Lunatic asylums Madras 1892-1911 - 1892-1911
Year: 1892
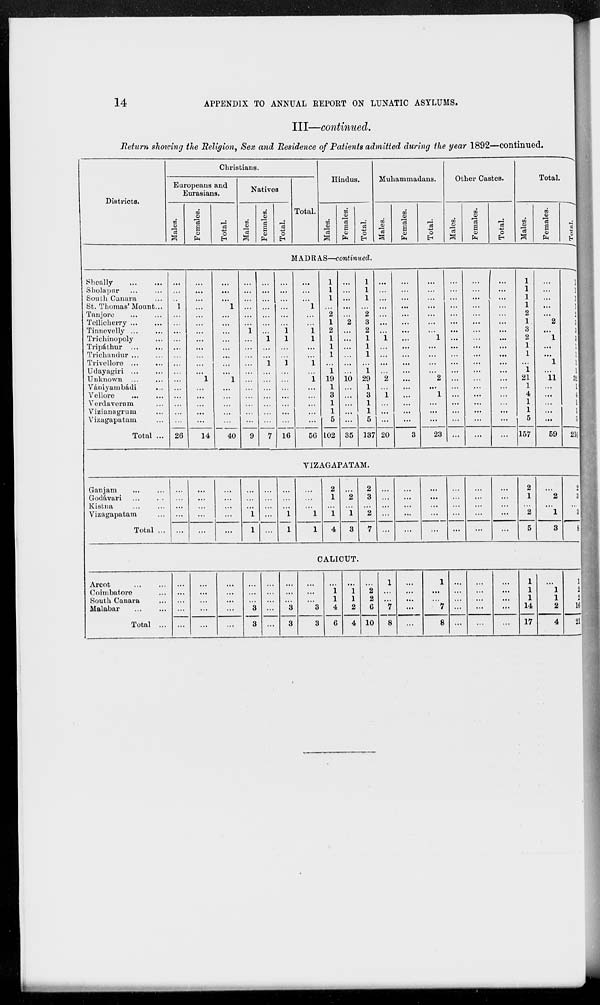
14
APPENDIX TO ANNUAL REPORT ON LUNATIC ASYLUMS.
III—continued.
Return showing the Religion, Sex and Residence of Patients admitted during the year 1892—continued.
Districts.
Christians.
Europeans and
Eurasians.
Males.
Females.
Total.
Natives
Males.
Females.
Total.
Total.
Hindus.
Males.
Females.
Total.
Muhammadans.
Males.
Females.
Total.
Other Castes.
Males.
Females.
Total.
Total.
Males.
Females.
Total.
MADRAS—continued.
Sheally ... ...
Sholapur ... ...
South Canara ...
St. Thomas' Mount ...
Tanjore ... ...
Tellicherry ... ...
Tinnevelly ... ...
Trichinopoly ...
Tripáthur ... ...
Trichandur ... ...
Trivellore ... ...
Udayagiri ... ...
Unknown ... ...
Vániyambádi ...
Vellore ... ...
Verdaveram ...
Vizianagrum ...
Vizagaputam ...
Total ...
...
...
...
1
...
...
...
...
...
...
...
...
...
...
...
...
...
...
26
...
...
...
...
...
...
...
...
...
...
...
...
1
...
...
...
...
...
14
...
...
...
1
...
...
...
...
...
...
...
...
1
...
...
...
...
...
40
...
...
...
...
...
...
1
...
...
...
...
...
...
...
...
...
...
...
9
...
...
...
...
...
...
...
1
...
...
1
...
...
...
...
...
...
...
7
...
...
...
...
...
...
1
1
...
...
1
...
...
...
...
...
...
...
16
...
...
...
1
...
...
1
1
...
...
1
...
1
...
...
...
...
...
56
1
1
1
...
2
1
2
1
1
1
...
1
19
1
3
1
1
5
102
...
...
...
...
...
2
...
...
...
...
...
...
10
...
...
...
...
...
35
1
1
1
...
2
3
2
1
1
1
...
1
29
1
3
1
1
5
137
...
...
...
...
...
...
...
1
...
...
...
...
2
...
1
...
...
...
20
...
...
...
...
...
...
...
...
...
...
...
...
...
...
...
...
...
...
3
...
...
...
...
...
...
...
1
...
...
...
...
2
...
1
...
...
...
23
...
...
...
...
...
...
...
...
...
...
...
...
...
...
...
...
...
...
...
...
...
...
...
...
...
...
...
...
...
...
...
...
...
...
...
...
...
...
...
...
...
...
...
...
...
...
...
...
...
...
...
...
...
...
...
...
...
1
1
1
1
2
1
3
2
1
1
...
1
21
1
4
1
1
5
157
...
...
...
...
...
2
...
1
...
...
1
...
11
...
...
...
...
...
59
1
1
1
1
2
3
3
3
1
1
1
1
32
1
4
1
1
5
216
VIZAGAPATAM.
Ganjam
...
...
Godávari ... ...
Kistna ... ...
Vizagapatam ...
Total ...
...
...
...
...
...
...
...
...
...
...
...
...
...
...
...
...
...
...
1
1
...
...
...
...
...
...
...
...
1
1
...
...
...
1
1
2
1
...
1
4
...
2
...
1
3
2
3
...
2
7
...
...
...
...
...
...
...
...
...
...
...
...
...
...
...
...
...
...
...
...
...
...
...
...
...
...
...
...
...
...
2
1
...
2
5
...
2
...
1
3
2
3
...
3
8
CALICUT.
Arcot ... ...
Coimbatore ...
South Canara ...
Malabar ... ...
Total ...
...
...
...
...
...
...
...
...
...
...
...
...
...
...
...
...
...
...
3
3
...
...
...
...
...
...
...
...
3
3
...
...
...
3
3
...
1
1
4
6
...
1
1
2
4
...
2
2
6
10
1
...
...
7
8
...
...
...
...
...
1
...
...
7
8
...
...
...
...
...
...
...
...
...
...
...
...
...
...
...
1
1
1
14
17
...
1
1
2
4
1
2
2
16
21